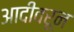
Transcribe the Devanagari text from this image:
आदीवरून